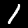
Digit: 1